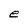
Character: e